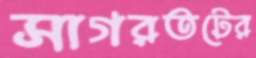
সাগরতটের